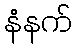
နံနက်